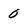
Character: 0